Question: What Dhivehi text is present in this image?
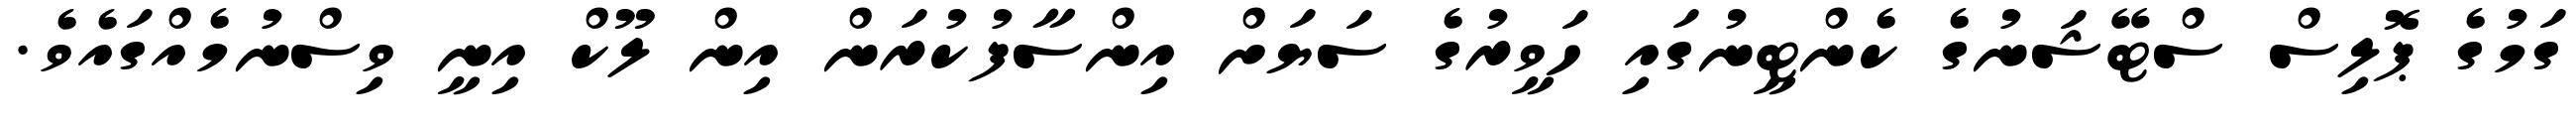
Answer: ގަމުގެ ޕޮލިސް ސްޓޭޝަނުގެ ކެންޓީނުގައި ހަވީރުގެ ސަޔަށް އިންސާފުކުރަން އިން ލޫކް އިނީ ވިސްނުމެއްގައެވެ.